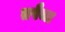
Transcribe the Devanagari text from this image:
तपैजा